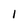
Character: 1